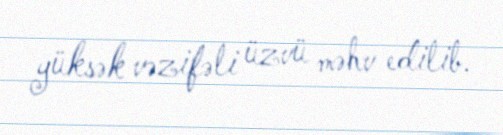
yüksək vəzifəli üzvü məhv edilib.